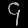
Digit: ၄